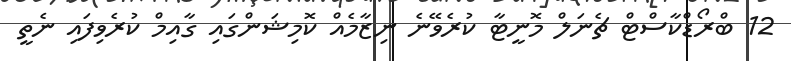
12 ބްރޯޑްކާސްޓް ޗެނަލް މޮނީޓާ ކުރެވޭނެ ނިޒާމެއް ކޮމިޝަންގައި ގާއިމް ކުރެވިފައި ނެތީ